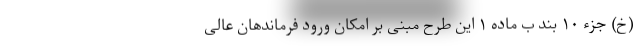
(خ) جزء ۱۰ بند ب ماده ۱ این طرح مبنی بر امکان ورود فرماندهان عالی